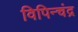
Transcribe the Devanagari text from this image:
विपिन्चंद्र